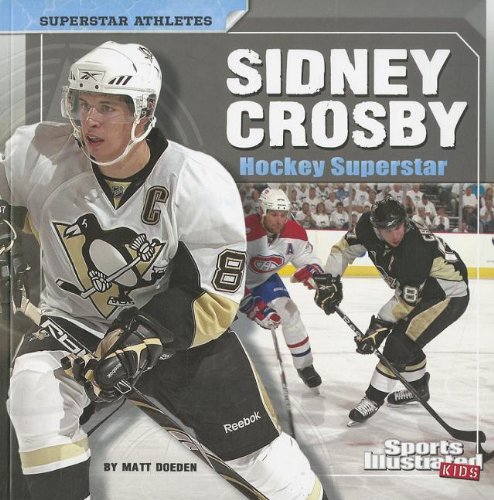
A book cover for Sidney Crosby: Hockey Superstar (Superstar Athletes); Matt Doeden; Children's Books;